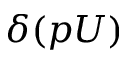
\delta ( p U )